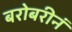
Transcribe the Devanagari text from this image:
बरोबरीनं